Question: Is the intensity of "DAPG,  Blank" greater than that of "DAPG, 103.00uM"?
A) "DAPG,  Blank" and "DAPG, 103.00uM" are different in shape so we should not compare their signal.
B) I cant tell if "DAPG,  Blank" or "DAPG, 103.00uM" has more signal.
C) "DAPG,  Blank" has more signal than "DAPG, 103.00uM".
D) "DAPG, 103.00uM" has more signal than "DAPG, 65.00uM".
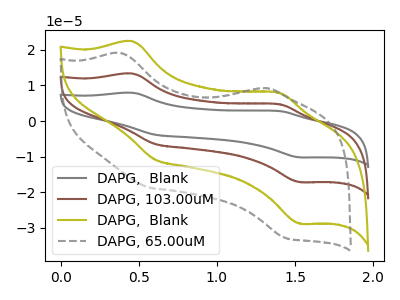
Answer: <think>The gray curve "DAPG,  Blank" has anodic peaks at (0.45V, 26.65uA) (1.40V, 9.45uA) and cathodic peaks at (0.60V, -12.95uA) (1.55V, -34.30uA). The brown curve "DAPG, 103.00uM" has anodic peaks at (0.45V, 13.30uA) (1.40V, 4.75uA) and cathodic peaks at (0.60V, -6.45uA) (1.55V, -17.15uA). The olive curve "DAPG,  Blank" has anodic peaks at (0.45V, 22.40uA) (1.40V, 7.95uA) and cathodic peaks at (0.60V, -10.85uA) (1.55V, -28.80uA). The gray dashed curve "DAPG, 65.00uM" has anodic peaks at (0.40V, 19.00uA) (1.25V, 9.20uA) and cathodic peaks at (0.60V, -18.80uA) (1.45V, -32.85uA).
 All the peaks in "DAPG,  Blank" have a peak in "DAPG, 103.00uM" at the same potential. Every peak in "DAPG,  Blank" is higher than every peak in "DAPG, 103.00uM".</think>
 <answer>C) "DAPG,  Blank" has more signal than "DAPG, 103.00uM".</answer>
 <eval>C</eval>